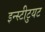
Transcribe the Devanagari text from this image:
इन्स्टीटुयट